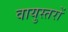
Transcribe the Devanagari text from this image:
वायुस्तरों